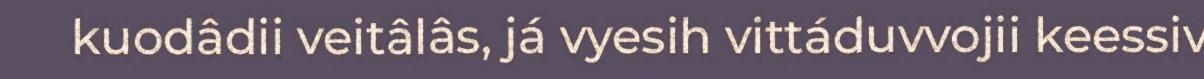
kuodâdii veitâlâs, já vyesih vittáduvvojii keessiv